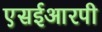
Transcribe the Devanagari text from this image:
एसईआरपी